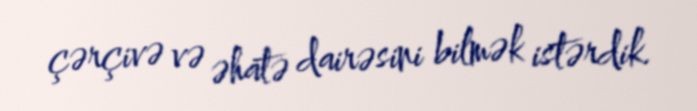
çərçivə və əhatə dairəsini bilmək istərdik.